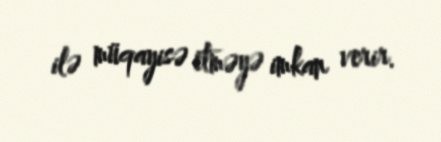
ilə müqayisə etməyə imkan verir.